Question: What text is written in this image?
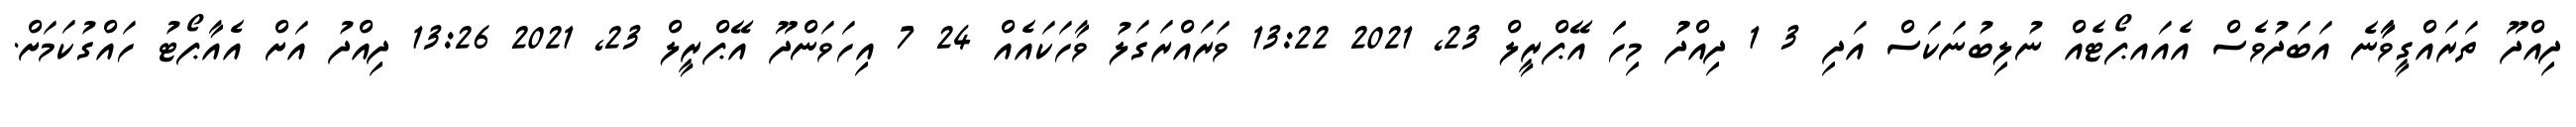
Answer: ދިއްދޫ ތަރައްގީވާާާނެ އަބަދުވެސް އެއައޕޯޓެއް ނުލިބުނަކަސް އަދި 3 1 ދިއްދުު މިހަަ އޭޕްރީލް 23, 2021 13:22 ވަރައްރަގަލު ވާހަކައެއް 24 7 އިހަވަންދޫ އޭޕްރީލް 23, 2021 13:26 ދިއްދު އަށް އެއާޕޯޓު ހައްގުކަމަށް.